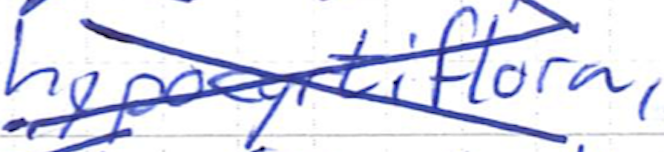
Text: hypocyrtiflora,
Cross-out: cross
Writing tool: ballpoint